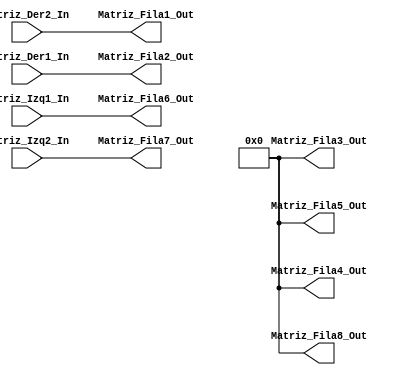
//=======================================================
//  MODULE Definition
//=======================================================
module Matriz#( parameter DATAWIDTH=8)( 
 // / / / / / / / / / / OUTPUTS / / / / / / / / / / 
 Matriz_Fila1_Out,
 Matriz_Fila2_Out,
 Matriz_Fila3_Out,
 Matriz_Fila4_Out,
 Matriz_Fila5_Out,
 Matriz_Fila6_Out,
 Matriz_Fila7_Out,
 Matriz_Fila8_Out, 
 // / / / / / / / / / / INPUTS / / / / / / / / / / 
 Matriz_Izq2_In,
 Matriz_Izq1_In,
 Matriz_Der1_In,
 Matriz_Der2_In);
//=======================================================
//  PARAMETER declarations
//======================================================

//=======================================================
//  REG/WIRE declarations
//=======================================================
input [DATAWIDTH-1:0]Matriz_Izq2_In;
input [DATAWIDTH-1:0]Matriz_Izq1_In;
input [DATAWIDTH-1:0]Matriz_Der1_In;
input [DATAWIDTH-1:0]Matriz_Der2_In;
output reg [DATAWIDTH-1:0]Matriz_Fila1_Out;
output reg [DATAWIDTH-1:0]Matriz_Fila2_Out;
output reg [DATAWIDTH-1:0]Matriz_Fila3_Out;
output reg [DATAWIDTH-1:0]Matriz_Fila4_Out;
output reg [DATAWIDTH-1:0]Matriz_Fila5_Out;
output reg [DATAWIDTH-1:0]Matriz_Fila6_Out;
output reg [DATAWIDTH-1:0]Matriz_Fila7_Out;
output reg [DATAWIDTH-1:0]Matriz_Fila8_Out;
//=======================================================
//  Structural coding
//=======================================================
initial Matriz_Fila1_Out = 8'b00000000;
initial Matriz_Fila2_Out = 8'b00000000;
initial Matriz_Fila3_Out = 8'b00000000;
initial Matriz_Fila4_Out = 8'b00000000;
initial Matriz_Fila5_Out = 8'b00000000;
initial Matriz_Fila6_Out = 8'b00000000;
initial Matriz_Fila7_Out = 8'b00000000;
initial Matriz_Fila8_Out = 8'b00000000;
always @(*)
begin
Matriz_Fila7_Out = Matriz_Izq2_In;
Matriz_Fila6_Out = Matriz_Izq1_In;
Matriz_Fila2_Out = Matriz_Der1_In;
Matriz_Fila1_Out = Matriz_Der2_In;
end
endmodule